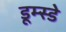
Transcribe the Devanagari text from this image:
डूम्स्डे